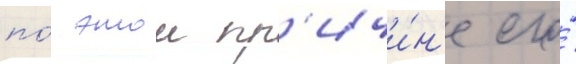
по́ этои пр'ичи́н'е его́